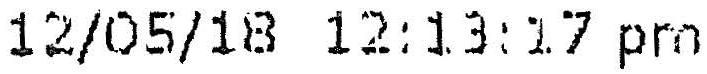
12/05/18 12:13:17 PM